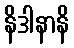
နိဒါနာနိ